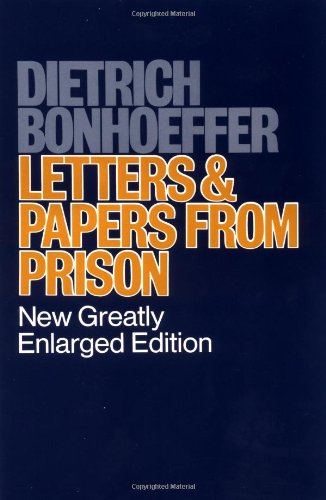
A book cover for Letters and Papers from Prison; Dietrich Bonhoeffer; Literature & Fiction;